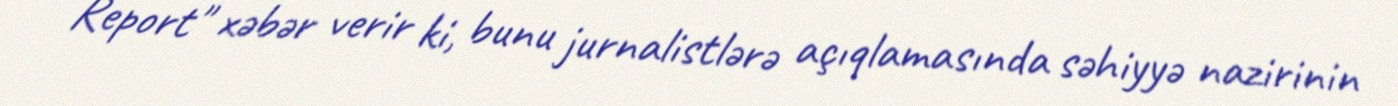
Report" xəbər verir ki, bunu jurnalistlərə açıqlamasında səhiyyə nazirinin